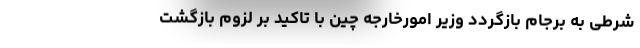
شرطی به برجام بازگردد وزیر امورخارجه چین با تاکید بر لزوم بازگشت